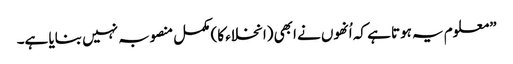
”معلوم یہ ہوتا ہے کہ اُنھوں نے ابھی (انخلاء کا) مکمل منصوبہ نہیں بنایا ہے۔